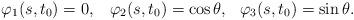
LaTeX: \begin{align*} \varphi _{1} (s,t_{0} )=0,\, \, \, \, \, \varphi _{2} (s,t_{0} )=\cos \theta ,\, \, \, \, \varphi _{3} (s,t_{0} )=\sin \theta.\end{align*}